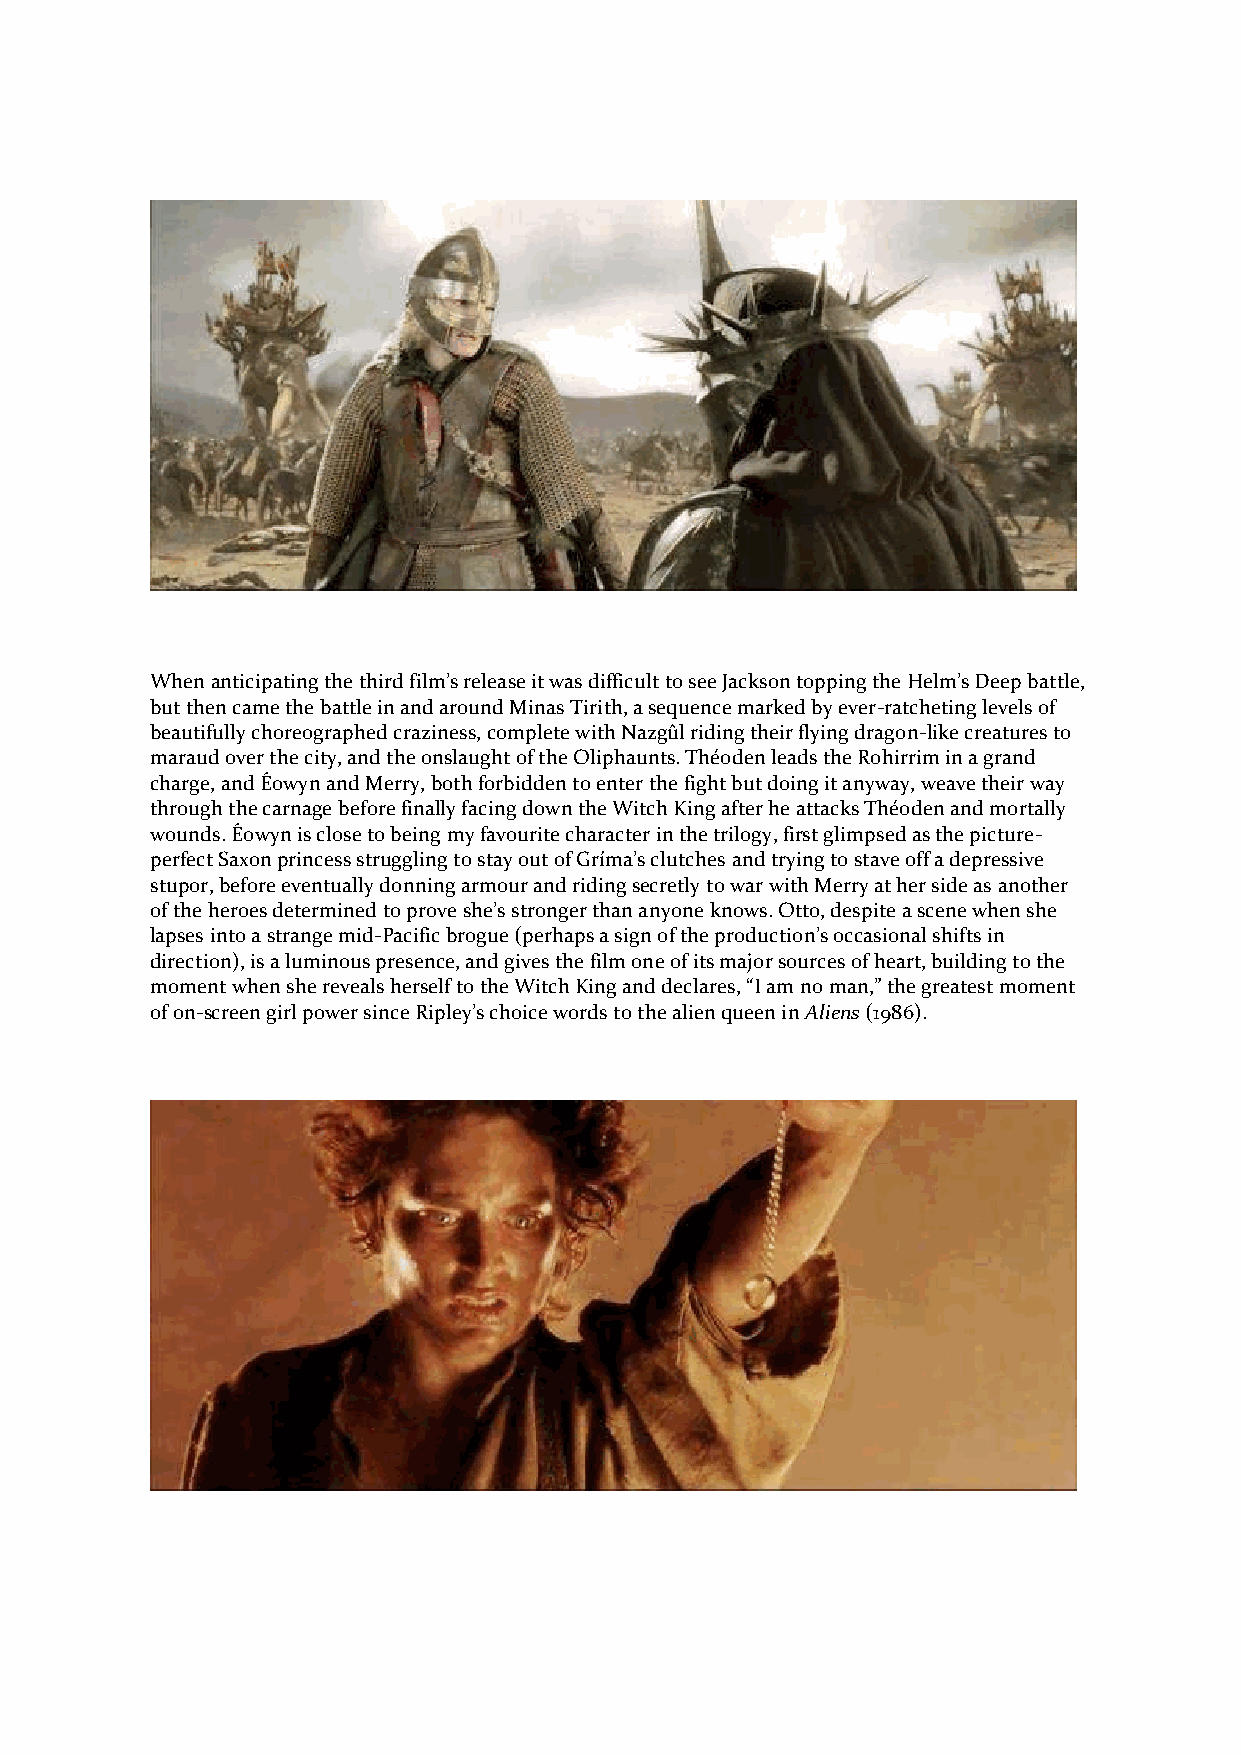
When anticipating the third film’s release it was difficult to see Jackson topping the Helm’s Deep battle,
 but then came the battle in and around Minas Tirith, a sequence marked by ever-ratcheting levels of
 beautifully choreographed craziness, complete with Nazgûl riding their flying dragon-like creatures to
 maraud over the city, and the onslaught of the Oliphaunts. Théoden leads the Rohirrim in a grand
 charge, and Éowyn and Merry, both forbidden to enter the fight but doing it anyway, weave their way
 through the carnage before finally facing down the Witch King after he attacks Théoden and mortally
 wounds. Éowyn is close to being my favourite character in the trilogy, first glimpsed as the picture-
 perfect Saxon princess struggling to stay out of Gríma’s clutches and trying to stave off a depressive
 stupor, before eventually donning armour and riding secretly to war with Merry at her side as another
 of the heroes determined to prove she’s stronger than anyone knows. Otto, despite a scene when she
 lapses into a strange mid-Pacific brogue (perhaps a sign of the production’s occasional shifts in
 direction), is a luminous presence, and gives the film one of its major sources of heart, building to the
 moment when she reveals herself to the Witch King and declares, “I am no man,” the greatest moment
 of on-screen girl power since Ripley’s choice words to the alien queen in Aliens (1986).